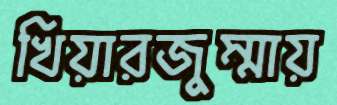
খিয়ারজুম্মায়